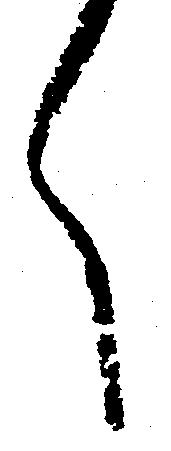
く